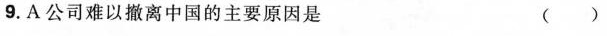
9.A公司难以撤离中国的主要原因是 ()